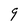
Character: 9